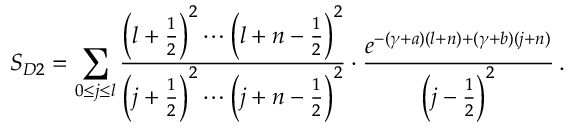
S _ { D 2 } = \sum _ { 0 \le j \le l } \frac { \left( l + \frac { 1 } { 2 } \right) ^ { 2 } \cdots \left( l + n - \frac { 1 } { 2 } \right) ^ { 2 } } { \left( j + \frac { 1 } { 2 } \right) ^ { 2 } \cdots \left( j + n - \frac { 1 } { 2 } \right) ^ { 2 } } \cdot \frac { e ^ { - ( \gamma + a ) ( l + n ) + ( \gamma + b ) ( j + n ) } } { \left( j - \frac { 1 } { 2 } \right) ^ { 2 } } \, .